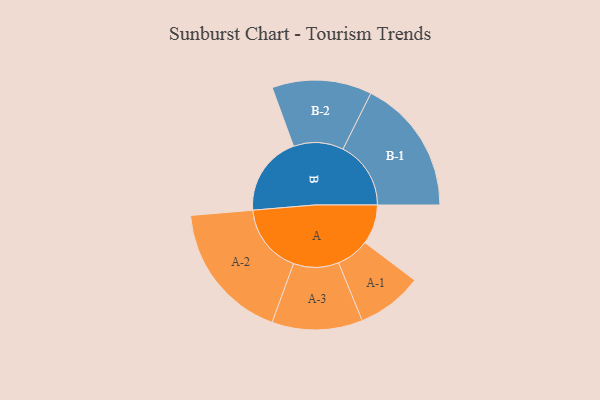
{"axis": {"x": "Segment", "y": "Value"}, "legend": ["", "A", "B"], "data": [{"x": "A", "y": 154, "type": ""}, {"x": "B", "y": 311, "type": ""}, {"x": "A-1", "y": 128, "type": "A"}, {"x": "A-2", "y": 271, "type": "A"}, {"x": "A-3", "y": 176, "type": "A"}, {"x": "B-1", "y": 264, "type": "B"}, {"x": "B-2", "y": 194, "type": "B"}]}